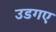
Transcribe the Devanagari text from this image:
उडगए